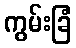
ကွမ်းခြံ